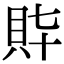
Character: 𧴶